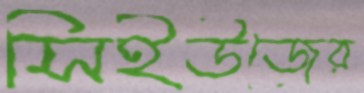
সিইউজের